Annual report on the mental hospital in the Central Provinces and Berar (Nagpur) - 1927-1951
Year: 1927
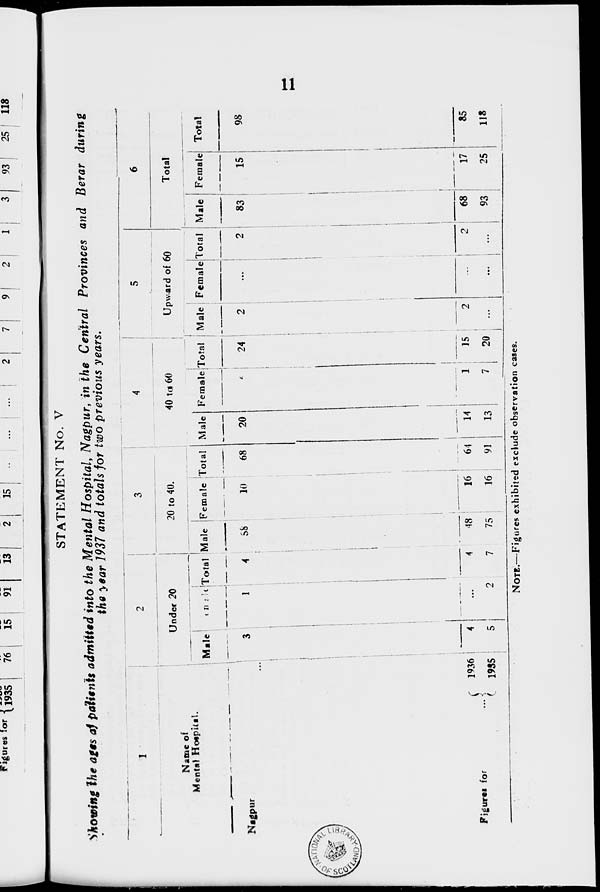
11
STATEMENT No. V
Showing the ages of patients admitted into the Mental Hospital, Nagpur, in the Central Provinces and Berar during
the year 1937 and totals for two previous years.
1
Name of
Mental Hospital.
Nagpur
...
Figures for
...
1936
1935
2
Under 20
Male
3
4
5
Female
1
...
2
Total
4
4
7
3
20 to 40.
Male
58
48
75
Female
10
16
16
Total
68
64
91
4
40 to 60
Male
20
14
13
Female
4
1
7
Total
24
15
20
5
Upward of 60
Male
2
2
...
Female
...
...
...
Total
2
2
...
6
Total
Male
83
68
93
Female
15
17
25
Total
98
85
118
NOTE.—Figures exhibited exclude observation cases.